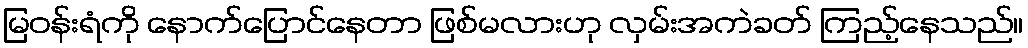
မြဝန်းရံကို နောက်ပြောင်နေတာ ဖြစ်မလားဟု လှမ်းအကဲခတ် ကြည့်နေသည်။